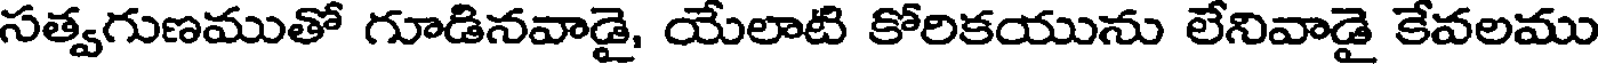
సత్వగుణముతో గూడినవాడై, యేలాటి కోరికయును లేనివాడై కేవలము